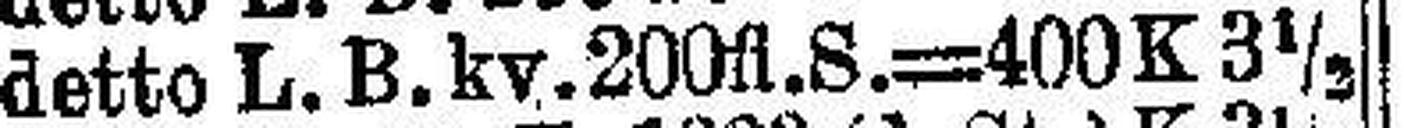
detto L.B.ky. 200fl. S.=400 K 3½